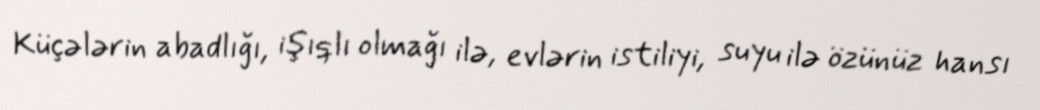
Küçələrin abadlığı, işıqlı olmağı ilə, evlərin istiliyi, suyu ilə özünüz hansı